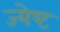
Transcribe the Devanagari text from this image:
ज्‍येष्‍ट